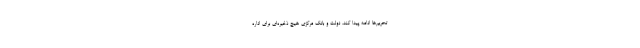
تحریم‌ها ادامه پیدا کند، دولت و بانک مرکزی هیچ ذخیره‌ای برای اداره